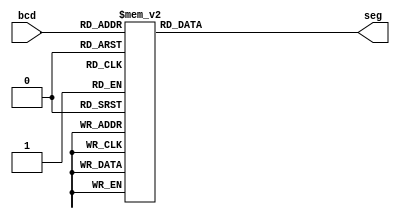
module segment7(
     bcd,
     seg
    );
     
     //Declare inputs,outputs and internal variables.
     input [3:0] bcd;
     output reg [6:0] seg;


//always block for converting bcd digit into 7 segment format
    always @(bcd)
    begin
        case (bcd) //case statement
         0 :seg = 7'b1000000;
			1 :seg = 7'b1111001;
			2 :seg = 7'b0100100;
			3 :seg = 7'b0110000;
			4 :seg = 7'b0011001;
			5 :seg = 7'b0010010;
			6 :seg = 7'b0000010;
			7 :seg = 7'b1111000;
			8 :seg = 7'b0000000;
			9 :seg = 7'b0010000;
			10:seg = 7'b0001000;
			11:seg = 7'b0000011;
			12:seg = 7'b1000110;
			13:seg = 7'b0100001;
			14:seg = 7'b0000110;
			15:seg = 7'b0001110;   
				 
            //switch off 7 segment character when the bcd digit is not a decimal number.
            default : seg = 7'b000000; 
        endcase
    end
    
endmodule